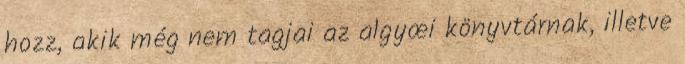
hozz, akik még nem tagjai az algyœi könyvtárnak, illetve